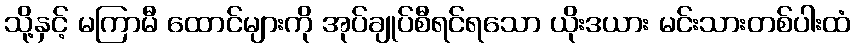
သို့နှင့် မကြာမီ ထောင်များကို အုပ်ချုပ်စီရင်ရသော ယိုးဒယား မင်းသားတစ်ပါးထံ